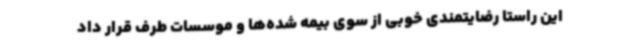
این راستا رضایتمندی خوبی از سوی بیمه شده‌ها و موسسات طرف قرار داد